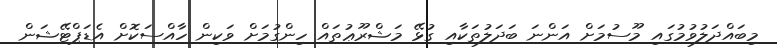
މިބައްދަލުވުމުގައި މޫސުމަށް އަންނަ ބަދަލުތަކާއި ގުޅޭ މަޝްރޫޢުތައް ހިންގުމަށް ވަކިން ހާއްސަކޮށް އެޑަޕްޓޭޝަން